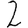
Digit: 2